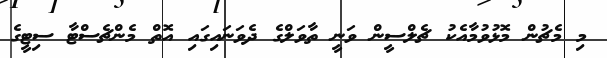
މި މެޗުން މޮޅުވުމާއެކު ޗެލްސީން ވަނީ ތާވަލްގެ ދެވަނައިގައި އޮތް މެންޗެސްޓާ ސިޓީގެ